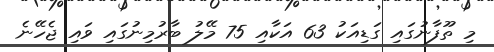
މި ތޫފާނުގައި ގަޑިއަކު 63 އަކާއި 75 މޭލު ބާރުމިނުގައި ވައި ޖެހޭނެ